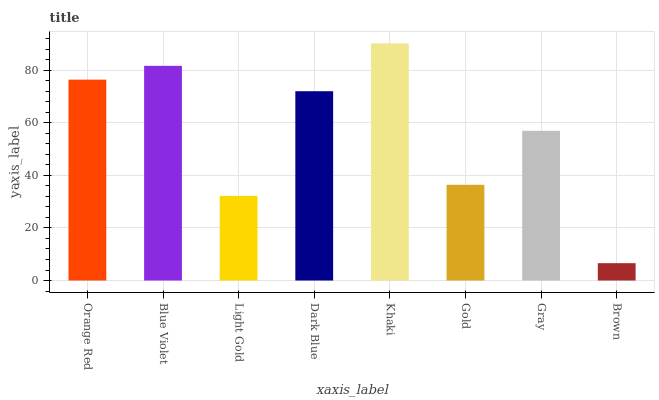
| xaxis_label | bars |
 | --- | --- |
 | Orange Red | 76.5 |
 | Blue Violet | 81.7 |
 | Light Gold | 32.2 |
 | Dark Blue | 72.1 |
 | Khaki | 90.3 |
 | Gold | 36.4 |
 | Gray | 57 |
 | Brown | 6.6 |